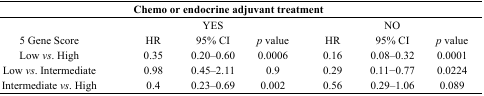
<table><thead><tr><td colspan="7"><b>Chemo or endocrine adjuvant treatment</b></td></tr></thead><tbody><tr><td></td><td colspan="3">YES</td><td colspan="3">NO</td></tr><tr><td>5 Gene Score</td><td>HR</td><td>95% CI</td><td><i>p</i> value</td><td>HR</td><td>95% CI</td><td><i>p</i> value</td></tr><tr><td>Low <i>vs</i>. High</td><td>0.35</td><td>0.20–0.60</td><td>0.0006</td><td>0.16</td><td>0.08–0.32</td><td>0.0001</td></tr><tr><td>Low <i>vs</i>. Intermediate</td><td>0.98</td><td>0.45–2.11</td><td>0.9</td><td>0.29</td><td>0.11–0.77</td><td>0.0224</td></tr><tr><td>Intermediate <i>vs</i>. High</td><td>0.4</td><td>0.23–0.69</td><td>0.002</td><td>0.56</td><td>0.29–1.06</td><td>0.089</td></tr></tbody></table>